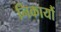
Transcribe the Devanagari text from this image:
निकायौं